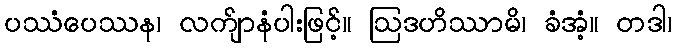
ပဿံပေဿန၊ လက်ျာနံပါးဖြင့်။ ဩဒဟိဿာမိ၊ ခံအံ့။ တဒါ၊